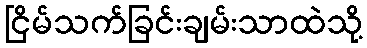
ငြိမ်သက်ခြင်းချမ်းသာထဲသို့